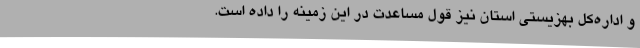
و اداره‌کل بهزیستی استان نیز قول مساعدت در این زمینه را داده است.